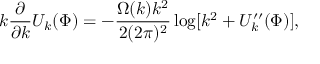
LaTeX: k \frac { \partial } { \partial k } U _ { k } ( \Phi ) = - \frac { \Omega ( k ) k ^ { 2 } } { 2 ( 2 \pi ) ^ { 2 } } \log [ k ^ { 2 } + U _ { k } ^ { \prime \prime } ( \Phi ) ] ,